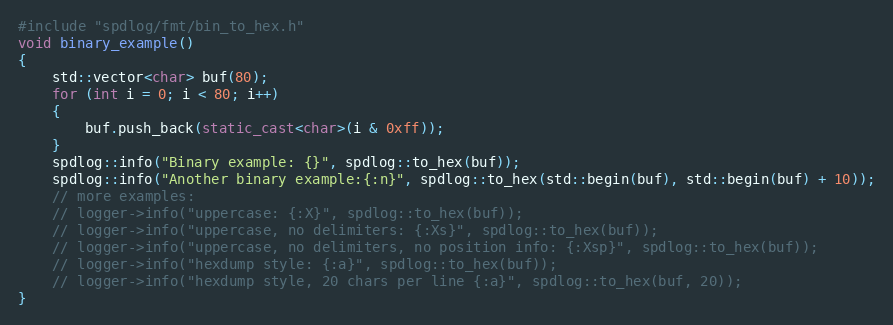
Language: C++
#include "spdlog/fmt/bin_to_hex.h"
void binary_example()
{
    std::vector<char> buf(80);
    for (int i = 0; i < 80; i++)
    {
        buf.push_back(static_cast<char>(i & 0xff));
    }
    spdlog::info("Binary example: {}", spdlog::to_hex(buf));
    spdlog::info("Another binary example:{:n}", spdlog::to_hex(std::begin(buf), std::begin(buf) + 10));
    // more examples:
    // logger->info("uppercase: {:X}", spdlog::to_hex(buf));
    // logger->info("uppercase, no delimiters: {:Xs}", spdlog::to_hex(buf));
    // logger->info("uppercase, no delimiters, no position info: {:Xsp}", spdlog::to_hex(buf));
    // logger->info("hexdump style: {:a}", spdlog::to_hex(buf));
    // logger->info("hexdump style, 20 chars per line {:a}", spdlog::to_hex(buf, 20));
}